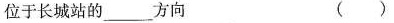
位于长城站的___方向 ( )